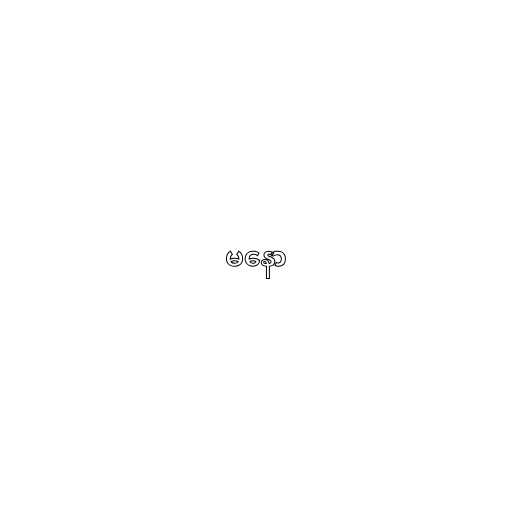
မနော